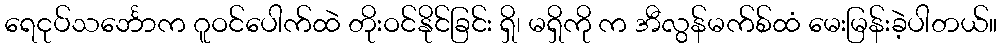
ရေငုပ်သင်္ဘောက ဂူဝင်ပေါက်ထဲ တိုးဝင်နိုင်ခြင်း ရှိ၊ မရှိကို က အီလွန်မက်စ်ထံ မေးမြန်းခဲ့ပါတယ်။